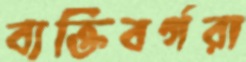
ব্যক্তিবর্গরা